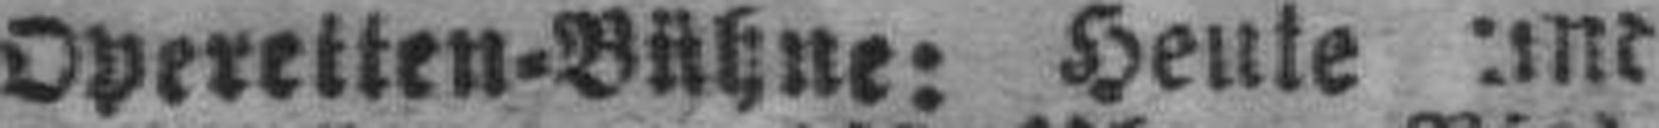
Operetten=Bühne: Heute und